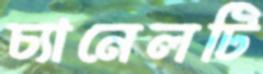
চ্যানেলটি